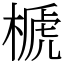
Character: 榹